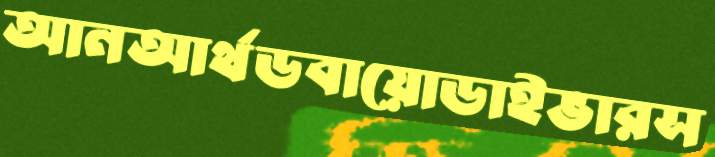
আনআর্থডবায়োডাইভারস